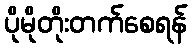
ပိုမိုတိုးတက်စေရန်